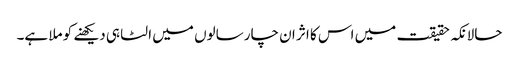
حالانکہ حقیقت میں اس کا اثر ان چار سالوں میں الٹا ہی دیکھنے کو ملا ہے۔